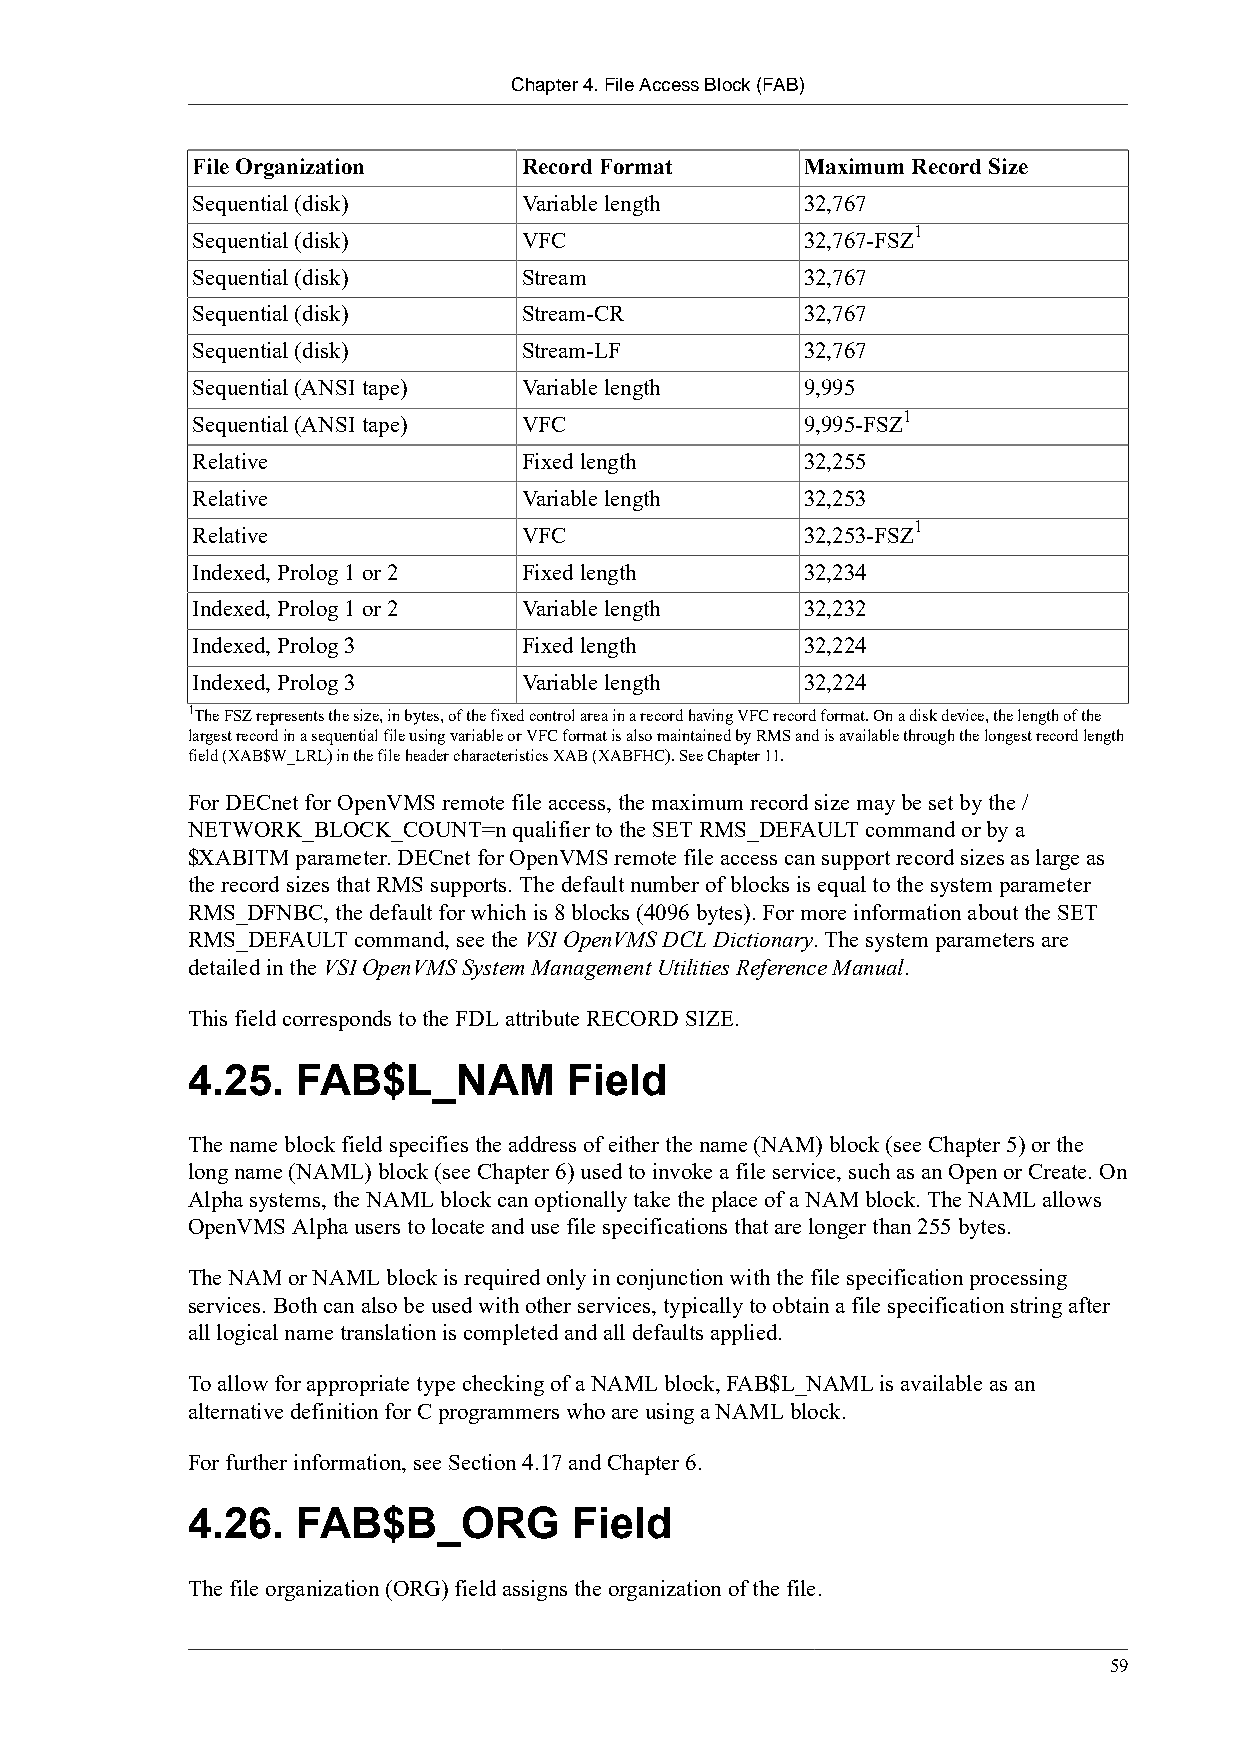
Chapter 4. File Access Block (FAB)
 File Organization     Record Format     Maximum Record Size
 Sequential (disk)     Variable length   32,767
 1
 Sequential (disk)     VFC               32,767-FSZ
 Sequential (disk)     Stream            32,767
 Sequential (disk)     Stream-CR         32,767
 Sequential (disk)     Stream-LF         32,767
 Sequential (ANSI tape) Variable length  9,995
 1
 Sequential (ANSI tape) VFC              9,995-FSZ
 Relative              Fixed length      32,255
 Relative              Variable length   32,253
 1
 Relative              VFC               32,253-FSZ
 Indexed, Prolog 1 or 2 Fixed length     32,234
 Indexed, Prolog 1 or 2 Variable length  32,232
 Indexed, Prolog 3     Fixed length      32,224
 Indexed, Prolog 3     Variable length   32,224
 1The FSZ represents the size, in bytes, of the fixed control area in a record having VFC record format. On a disk device, the length of the
 largest record in a sequential file using variable or VFC format is also maintained by RMS and is available through the longest record length
 field (XAB$W_LRL) in the file header characteristics XAB (XABFHC). See Chapter 11.
 For DECnet for OpenVMS remote file access, the maximum record size may be set by the /
 NETWORK_BLOCK_COUNT=n qualifier to the SET RMS_DEFAULT command or by a
 $XABITM parameter. DECnet for OpenVMS remote file access can support record sizes as large as
 the record sizes that RMS supports. The default number of blocks is equal to the system parameter
 RMS_DFNBC, the default for which is 8 blocks (4096 bytes). For more information about the SET
 RMS_DEFAULT command, see the VSI OpenVMS DCL Dictionary. The system parameters are
 detailed in the VSI OpenVMS System Management Utilities Reference Manual.
 This field corresponds to the FDL attribute RECORD SIZE.
 4.25.   FAB$L_NAM         Field
 The name block field specifies the address of either the name (NAM) block (see Chapter 5) or the
 long name (NAML) block (see Chapter 6) used to invoke a file service, such as an Open or Create. On
 Alpha systems, the NAML block can optionally take the place of a NAM block. The NAML allows
 OpenVMS Alpha users to locate and use file specifications that are longer than 255 bytes.
 The NAM or NAML block is required only in conjunction with the file specification processing
 services. Both can also be used with other services, typically to obtain a file specification string after
 all logical name translation is completed and all defaults applied.
 To allow for appropriate type checking of a NAML block, FAB$L_NAML is available as an
 alternative definition for C programmers who are using a NAML block.
 For further information, see Section 4.17 and Chapter 6.
 4.26.   FAB$B_ORG         Field
 The file organization (ORG) field assigns the organization of the file.
 59